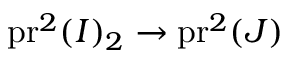
\operatorname { p r } ^ { 2 } ( I ) _ { 2 } \rightarrow \operatorname { p r } ^ { 2 } ( J )